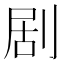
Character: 剧